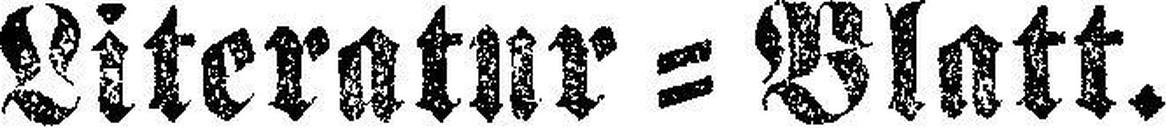
Literatur = Blatt.